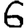
Digit: 6